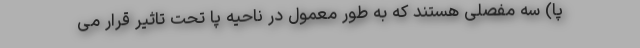
پا) سه مفصلی هستند که به طور معمول در ناحیه پا تحت تاثیر قرار می